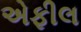
એફીલ